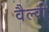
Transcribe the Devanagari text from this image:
वैल्वी